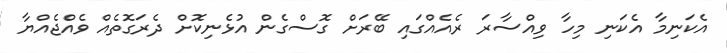
އެކަނިމާ އެކަނި މިހާ ވިއްސާރަ ރެއެއްގައި ބޭރަށް ގޮސްގެން އުޅެނިކޮށް ދެރަގޮތެއް ވެއްޖެއްޔާ